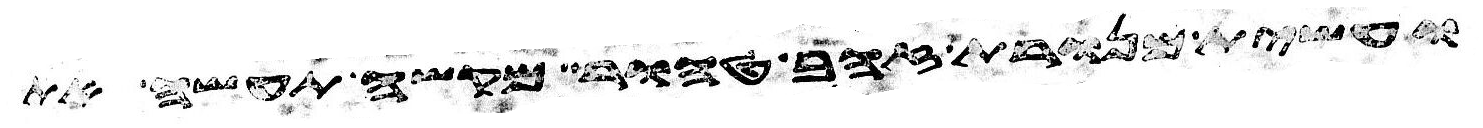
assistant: ועשית מנורת זהב טהור מקשה תעשה את